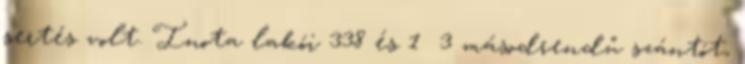
sertés volt. Inota lakói 338 és 1 3 másodrendű szántót,